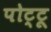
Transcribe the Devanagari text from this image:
पोट्टू